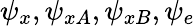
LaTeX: \psi_{x},\psi_{xA},\psi_{xB},\psi_{e}